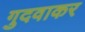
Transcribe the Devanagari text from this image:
गुदवाकर